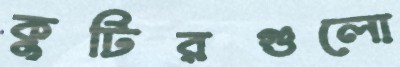
কুটিরগুলো